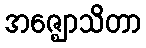
အဇ္ဈောသိတာ